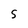
Character: S